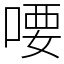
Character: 喓